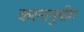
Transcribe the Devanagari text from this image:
करनानुयोग